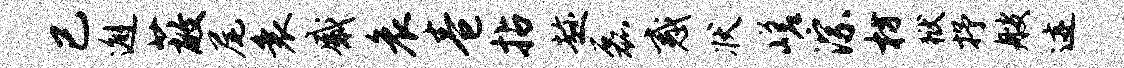
已邂蔽尾衰感哀卷拈趁磊惑状嵯淙枋狱抒艘迹